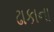
ઢાકાના